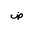
Letter: _dad